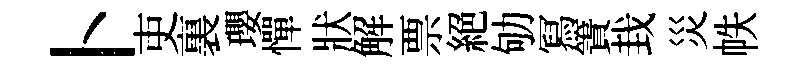
卜吏裏瓔憚狀解票絕劬冩簀㘽災帙